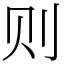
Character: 则